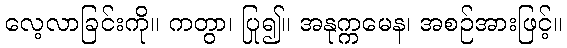
လေ့လာခြင်းကို။ ကတွာ၊ ပြု၍။ အနုက္ကမေန၊ အစဉ်အားဖြင့်။